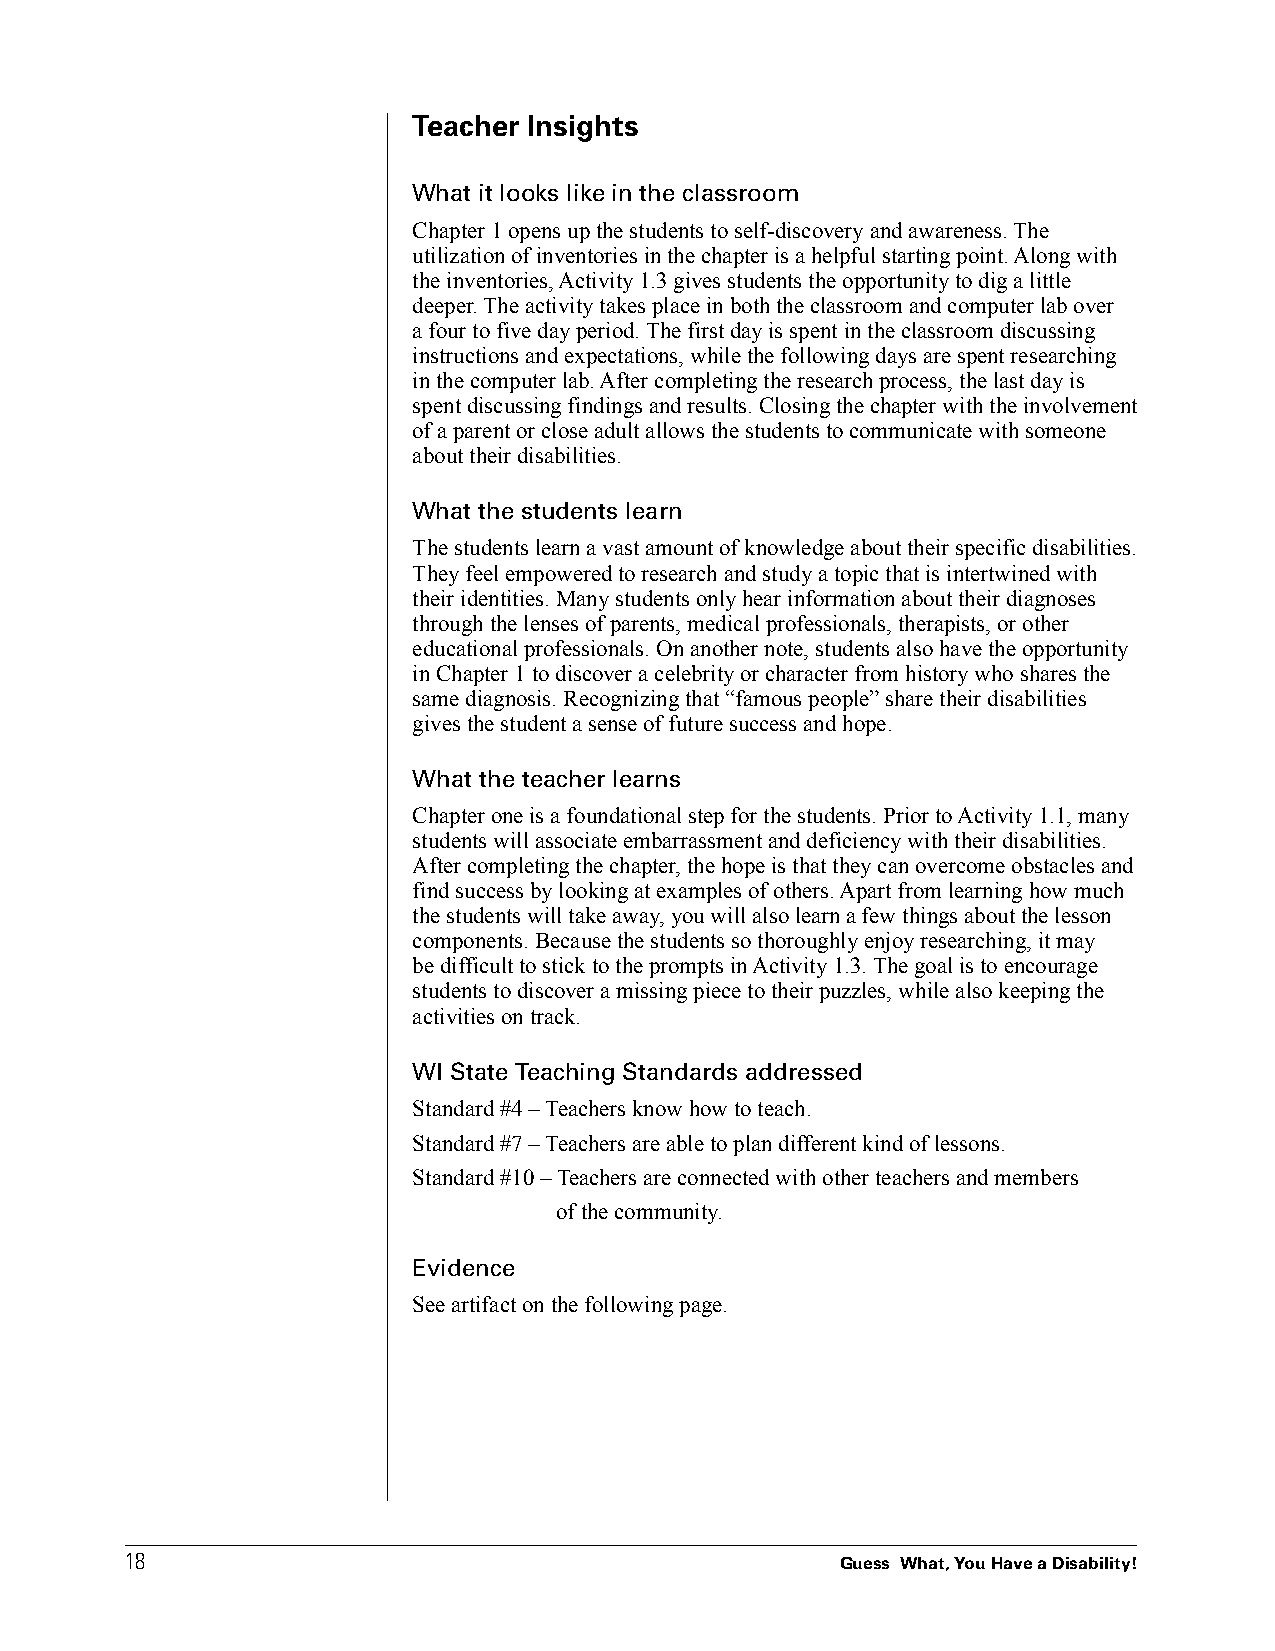
Teacher Insights
 What it looks like in the classroom
 Chapter 1 opens up the students to self-discovery and awareness. The
 utilization of inventories in the chapter is a helpful starting point. Along with
 the inventories, Activity 1.3 gives students the opportunity to dig a little
 deeper. The activity takes place in both the classroom and computer lab over
 a four to five day period. The first day is spent in the classroom discussing
 instructions and expectations, while the following days are spent researching
 in the computer lab. After completing the research process, the last day is
 spent discussing findings and results. Closing the chapter with the involvement
 of a parent or close adult allows the students to communicate with someone
 about their disabilities.
 What the students learn
 The students learn a vast amount of knowledge about their specific disabilities.
 They feel empowered to research and study a topic that is intertwined with
 their identities. Many students only hear information about their diagnoses
 through the lenses of parents, medical professionals, therapists, or other
 educational professionals. On another note, students also have the opportunity
 in Chapter 1 to discover a celebrity or character from history who shares the
 same diagnosis. Recognizing that “famous people” share their disabilities
 gives the student a sense of future success and hope.
 What the teacher learns
 Chapter one is a foundational step for the students. Prior to Activity 1.1, many
 students will associate embarrassment and deficiency with their disabilities.
 After completing the chapter, the hope is that they can overcome obstacles and
 find success by looking at examples of others. Apart from learning how much
 the students will take away, you will also learn a few things about the lesson
 components. Because the students so thoroughly enjoy researching, it may
 be difficult to stick to the prompts in Activity 1.3. The goal is to encourage
 students to discover a missing piece to their puzzles, while also keeping the
 activities on track.
 WI State Teaching Standards addressed
 Standard #4 – Teachers know how to teach.
 Standard #7 – Teachers are able to plan different kind of lessons.
 Standard #10 – Teachers are connected with other teachers and members
 of the community.
 Evidence
 See artifact on the following page.
 1188
 Guess What, You Have a Disability!